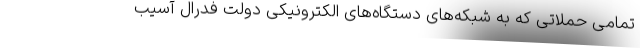
تمامی حملاتی که به شبکه‌های دستگاه‌های الکترونیکی دولت فدرال آسیب